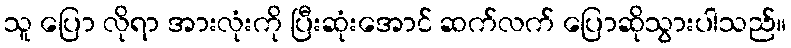
သူ ပြော လိုရာ အားလုံးကို ပြီးဆုံးအောင် ဆက်လက် ပြောဆိုသွားပါသည်။